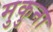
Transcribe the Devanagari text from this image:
मुकुना